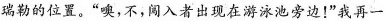
瑞勒的位置。”噢，不，闯入者出现在游冰池旁边！”我再一